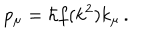
p _ { \mu } = \hbar f ( k ^ { 2 } ) k _ { \mu } \, .